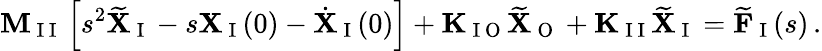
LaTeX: \mathbf{M}_{\mathrm{~I~I~}}\left[s^{2}\widetilde{\mathbf{X}}_{\mathrm{~I~}}-s\mathbf{X}_{\mathrm{~I~}}(0)-\dot{\mathbf{X}}_{\mathrm{~I~}}(0)\right]+\mathbf{K}_{\mathrm{~I~O~}}\widetilde{\mathbf{X}}_{\mathrm{~O~}}+\mathbf{K}_{\mathrm{~I~I~}}\widetilde{\mathbf{X}}_{\mathrm{~I~}}=\widetilde{\mathbf{F}}_{\mathrm{~I~}}(s)\, .